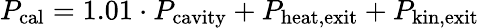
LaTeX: P_{\mathrm{cal}}=1.01\cdot P_{\mathrm{cavity}}+P_{\mathrm{heat,exit}}+P_{\mathrm{kin,exit}}